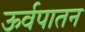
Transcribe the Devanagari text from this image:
ऊर्वपातन